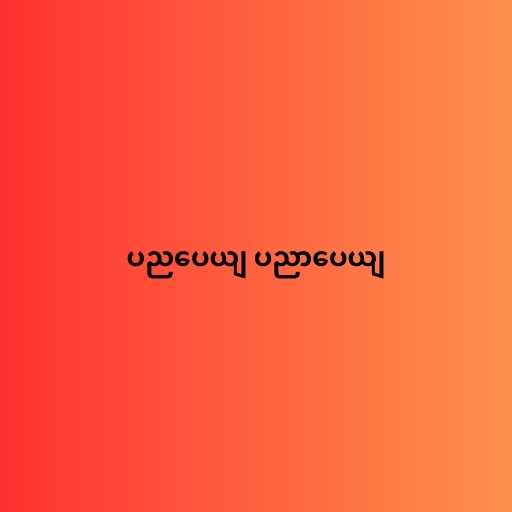
ပညပေယျ ပညာပေယျ